Report on the working of the Ranchi Indian Mental Hospital, Kanke, in Bihar and Orissa - 1930-1940
Year: 1930
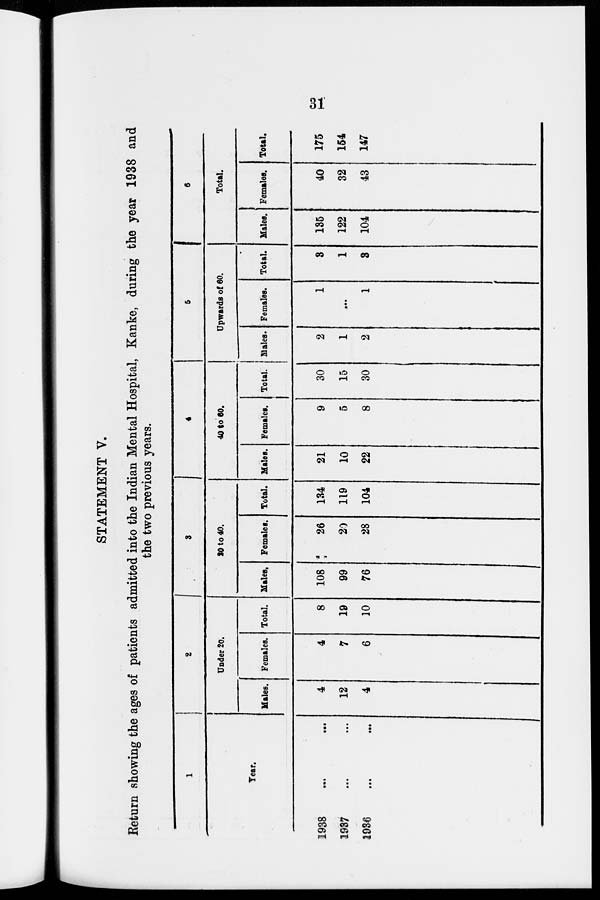
31
STATEMENT V.
Return showing the ages of patients admitted into the Indian Mental Hospital, Kanke, during the year 1938 and
the two previous years.
1
Year.
1938
...
...
1937 ... ...
1936 ... ...
2
Under 20.
Males.
4
12
4
Females.
4
7
6
Total.
8
19
10
3
20 to 40.
Males.
108
99
76
Females.
26
20
28
Total.
134
119
104
4
40 to 60.
Males.
21
10
22
Females.
9
5
8
Total.
30
15
30
5
Upwards of 60.
Males.
2
1
2
Females.
1
...
1
Total.
3
1
3
6
Total.
Males.
135
122
104
Females.
40
32
43
Total.
175
154
147